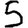
Digit: 5